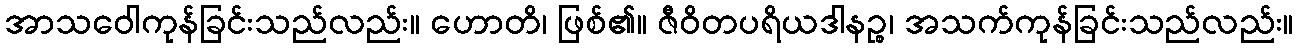
အာသဝေါကုန်ခြင်းသည်လည်း။ ဟောတိ၊ ဖြစ်၏။ ဇီဝိတပရိယဒါနဉ္စ၊ အသက်ကုန်ခြင်းသည်လည်း။